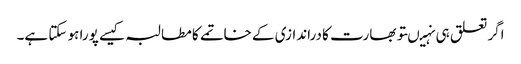
اگر تعلق ہی نہیںتو بھارت کا دراندازی کے خاتمے کا مطالبہ کیسے پورا ہو سکتا ہے۔